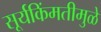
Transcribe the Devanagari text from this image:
सूर्यकिंमतीमुळे